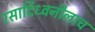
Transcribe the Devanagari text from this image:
रसादिध्वनीलाच